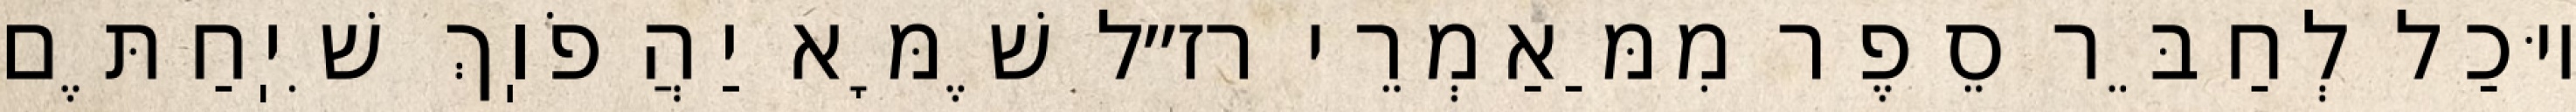
יוּכַל לְחַבֵּר סֵפֶר מִמַּאַמְרֵי רז״ל שֶׁמָּא יַהֲפֹוֽךְ שִׁיֽחַתֶּם